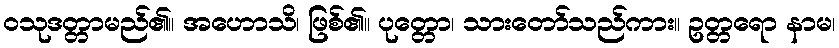
ဝသုဒတ္တာမည်၏။ အဟောသိ၊ ဖြစ်၏။ ပုတ္တော၊ သားတော်သည်ကား။ ဥတ္တရော နာမ၊